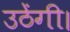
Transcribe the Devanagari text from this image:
उठेंगी।